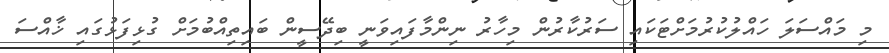
މި މައްސަލަ ހައްލުކުރުމަށްޓަކައި ސަރުކާރުން މިހާރު ނިންމާފައިވަނީ ބިދޭސީން ބައިތިއްބުމަށް ގުޅިފަޅުގައި ޚާއްސަ